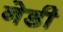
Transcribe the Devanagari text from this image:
नेडी